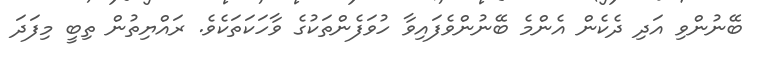
ބޭނުންވި އަދި ދެކެން އެންމެ ބޭނުންވެފައިވާ ހުވަފެންތަކުގެ ވާހަކަތަކެވެ. ރައްޔިތުން ތިބީ މިފަދަ